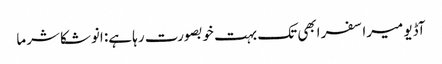
آڈیو میرا سفر ابھی تک بہت خوبصورت رہا ہے: انوشکا شرما